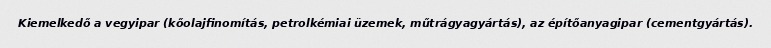
Kiemelkedő a vegyipar (kőolajfinomítás, petrolkémiai üzemek, műtrágyagyártás), az építőanyagipar (cementgyártás).